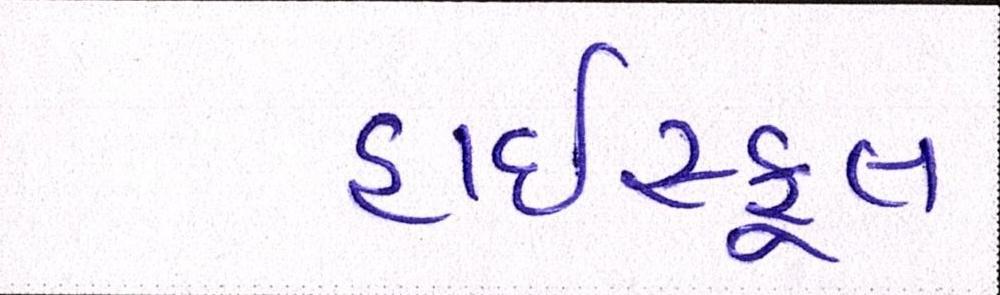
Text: હાઇસ્કૂલ